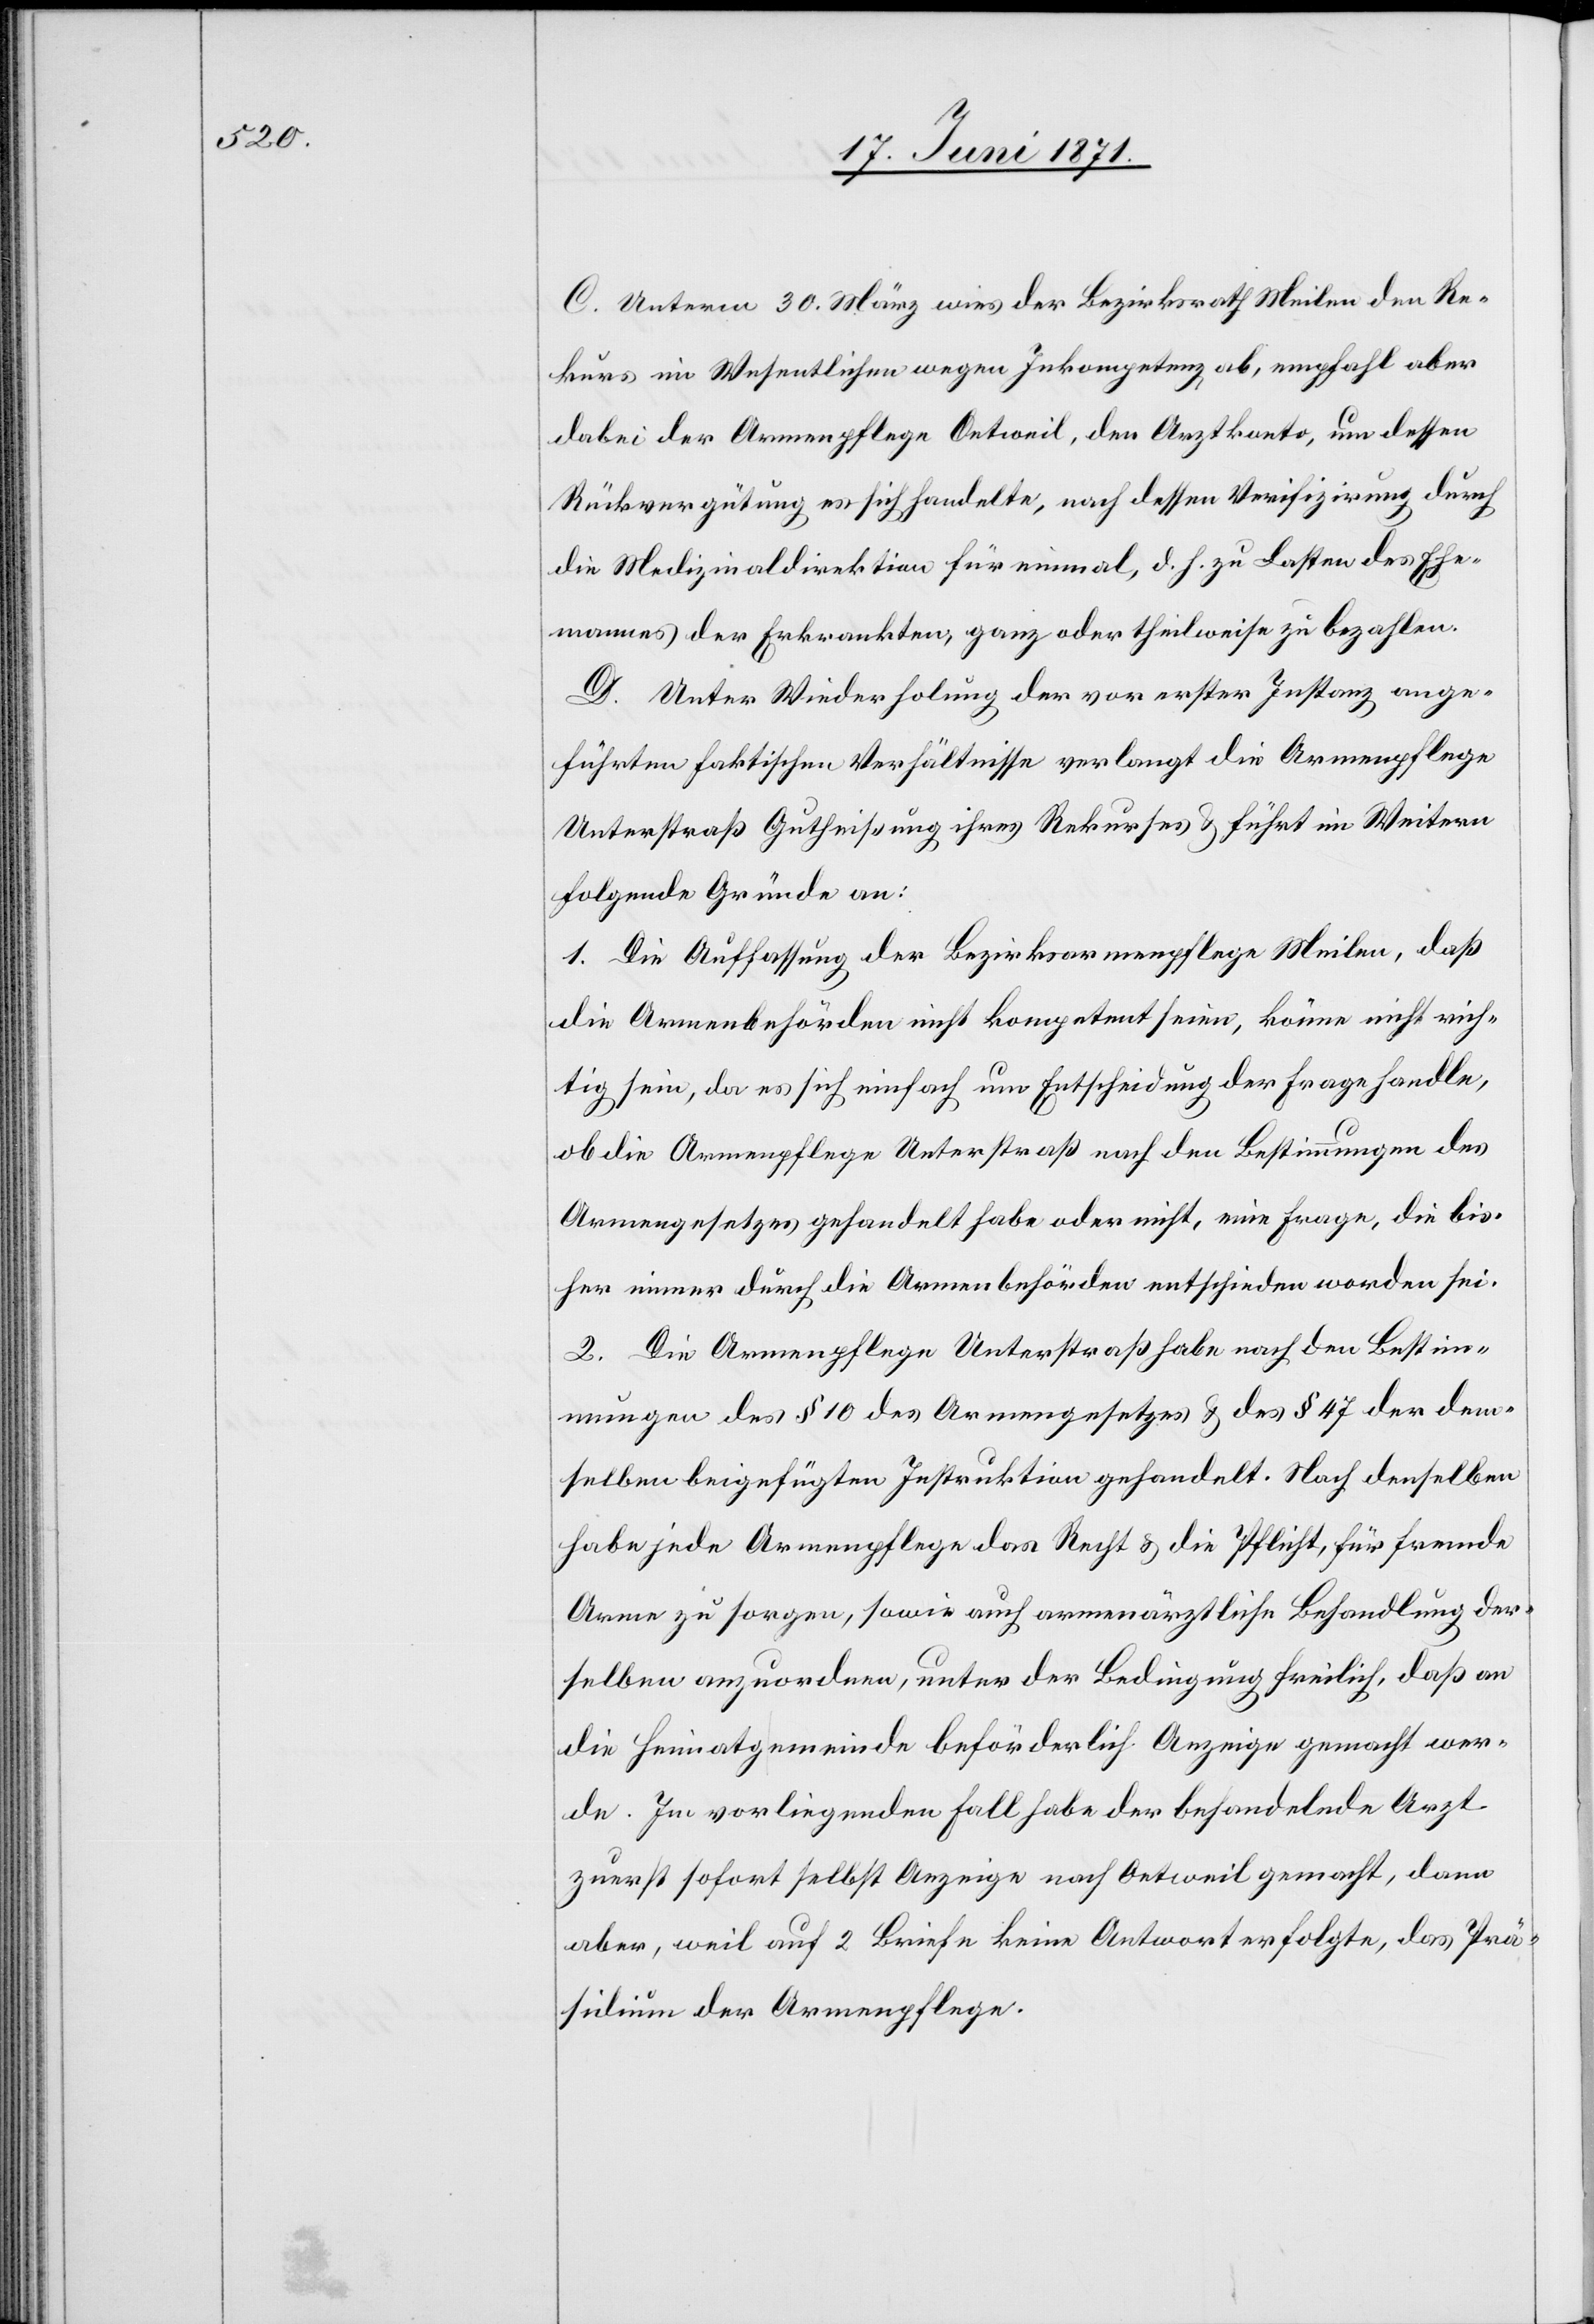
C. Unterm 30. März wies der Bezirksrath Meilen den Re¬
kurs im Wesentlichen wegen Inkompetenz ab, empfahl aber
dabei der Armenpflege Oetweil, den Arztkonto, um dessen
Rückvergütung es sich handelte, nach dessen Verifizirung durch
die Medizinaldirektion für einmal, d. h. zu Lasten des Ehe¬
mannes der Erkrankten, ganz oder theilweise zu bezahlen.
D. Unter Wiederholung der vor erster Instanz ange¬
führten faktischen Verhältnisse verlangt die Armenpflege
Unterstraß Gutheißung ihres Rekurses u. führt im Weitern
folgende Gründe an:
1. Die Auffassung der Bezirksarmenpflege Meilen, daß
die Armenbehörden nicht kompetent seien, könne nicht rich¬
tig sein, da es sich einfach um Entscheidung der Frage handle,
ob die Armenpflege Unterstraß nach den Bestimmungen des
Armengesetzes gehandelt habe oder nicht, eine Frage, die bis¬
her immer durch die Armenbehörden entschieden worden sei.
2. Die Armenpflege Unterstraß habe nach den Bestim¬
mungen des § 10 des Armengesetzes u. des § 47 der dem¬
selben beigefügten Instruktion gehandelt. Nach denselben
habe jede Armenpflege das Recht u. die Pflicht, für fremde
Arme zu sorgen, sowie auch armenärztliche Behandlung der¬
selben anzuordnen, unter der Bedingung freilich, daß an
die Heimatgemeinde beförderlich Anzeige gemacht wer¬
de. Im vorliegenden Fall habe der behandelnde Arzt
zuerst sofort selbst Anzeige nach Oetweil gemacht, dann
aber, weil auf 2 Briefe keine Antwort folgte, das Prä¬
sidium der Armenpflege.